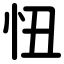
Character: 忸